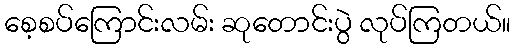
စေ့စပ်ကြောင်းလမ်း ဆုတောင်းပွဲ လုပ်ကြတယ်။